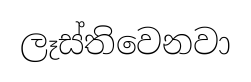
ලෑස්තිවෙනවා